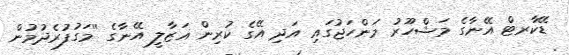
ޑޭކާރޓް އޭނާގެ މަޝްހޫރު މަންހަޖުގައި އަދި އޭގެ ކުރިން ޣަޒާލީ އޭނާގެ ''މަގުފުރެދުމުން